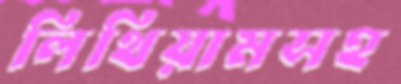
লিথিয়ামসহ